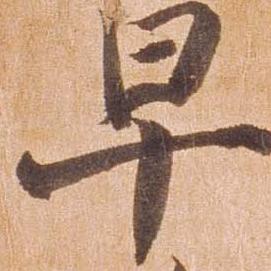
早